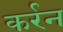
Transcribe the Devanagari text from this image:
कर्रन